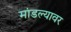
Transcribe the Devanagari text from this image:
मांडल्यावर